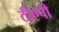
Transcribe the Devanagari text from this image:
टीएपी